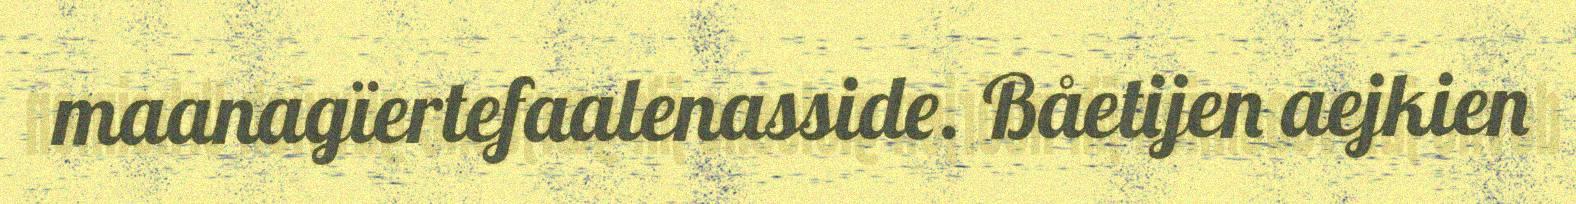
maanagïertefaalenasside. Båetijen aejkien